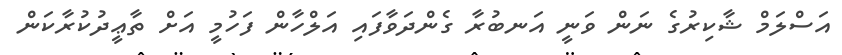
އަސްލަމް ޝާކިރުގެ ނަން ވަނީ އަނބުރާ ގެންދަވާފައި އަލްހާން ފަހުމީ އަށް ތާޢީދުކުރާކަން